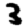
Digit: 3